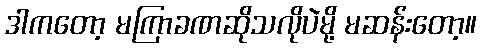
ဒါကတော့ မကြာခဏဆိုသလိုပဲမို့ မဆန်းတော့။